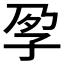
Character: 𡥗